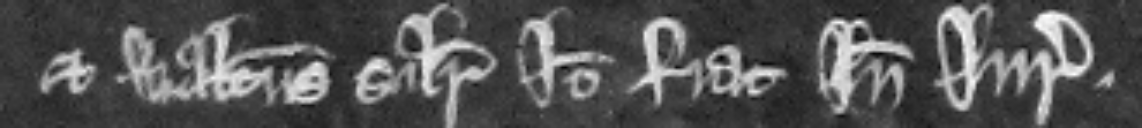
et Walterus similiter Ideo fiat inde jurata.